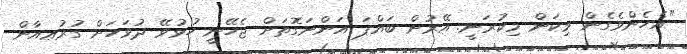
"އެހެންވެގެން މިކަން މިކުރަނީ. އޭރުން ބައްޕަ އަންނަގޮތަށް ޖެހޭނީ ހުޅުވޭ ދުވަހަށް ގުރުޢއާން